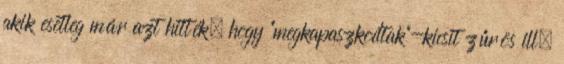
akik esetleg már azt hitték, hogy "megkapaszkodtak"-kicsit zűrös ill.